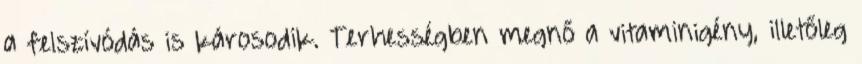
a felszívódás is károsodik. Terhességben megnő a vitaminigény, illetőleg